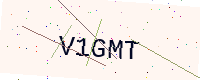
Text: V1GMT